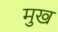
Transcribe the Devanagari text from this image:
मुख्‍ा